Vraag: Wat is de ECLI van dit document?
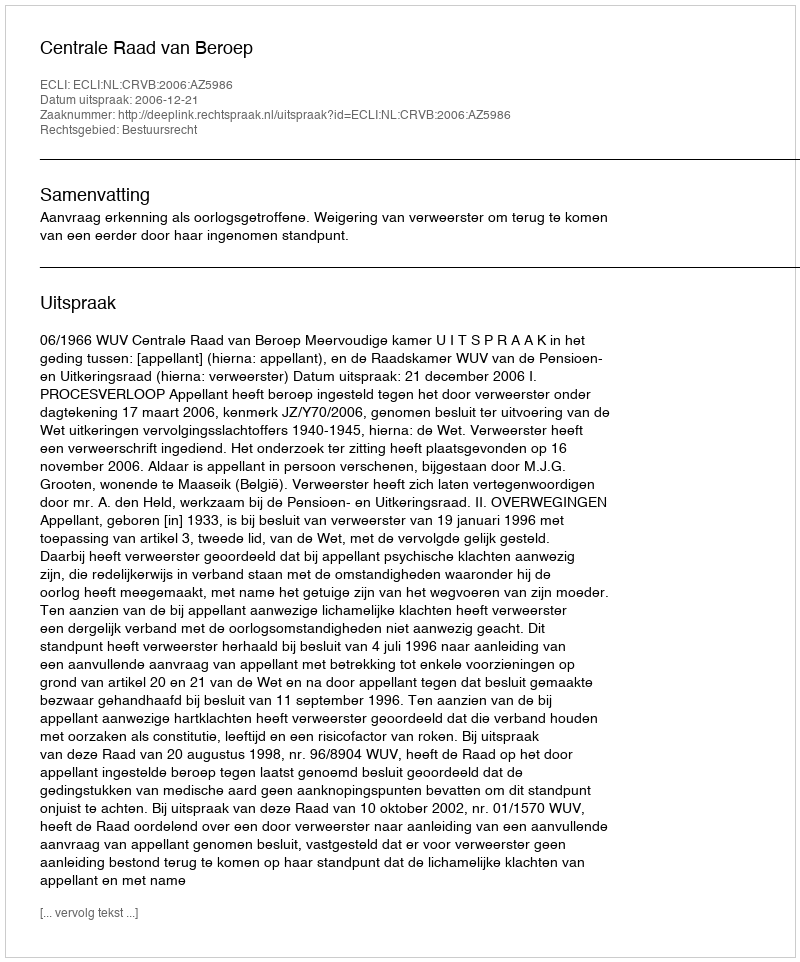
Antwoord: ECLI:NL:CRVB:2006:AZ5986